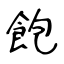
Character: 飽